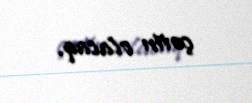
çətin olacaq.